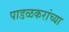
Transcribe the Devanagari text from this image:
पाडळकरांच्या